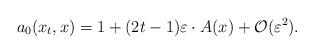
\begin{align*}a_0(x_t,x)=1+(2t-1)\varepsilon \cdot A(x)+{\cal O}(\varepsilon ^2).\end{align*}